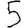
Digit: 5